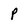
Character: p